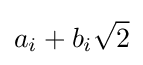
a_{i}+b_{i}{\sqrt {2}}